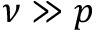
\nu \gg p